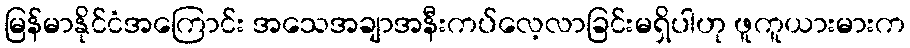
မြန်မာနိုင်ငံအကြောင်း အသေအချာအနီးကပ်လေ့လာခြင်းမရှိပါဟု ဖူကူယားမားက